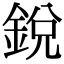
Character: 銳